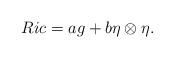
LaTeX: \begin{align*} Ric = ag + b\eta \otimes \eta.\end{align*}